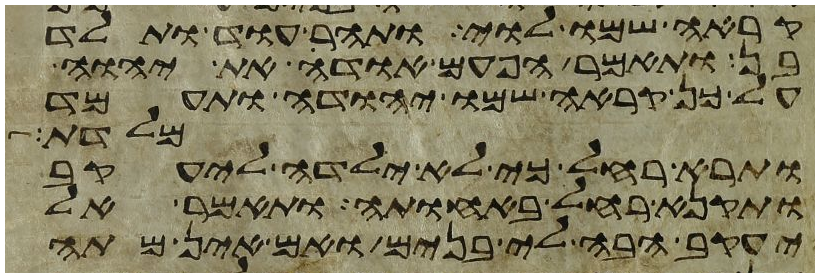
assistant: קראה שמו לוי ותהר עוד ותלד
בן ותאמר הפעם אודה את יהוה
על כן קראה שמו יהודה ותעמד
מלדת
ותרא רחל כי לא ילדה ליעקב
ותקנא רחל באחותה ותאמר אל
יעקב הבה לי בנים ואם אין מתה